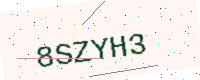
Text: 8SZYH3